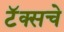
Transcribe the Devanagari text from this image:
टॅक्सचे